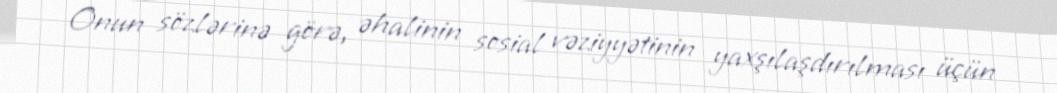
Onun sözlərinə görə, əhalinin sosial vəziyyətinin yaxşılaşdırılması üçün